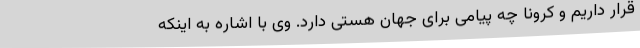
قرار داریم و کرونا چه پیامی برای جهان هستی دارد. وی با اشاره به اینکه